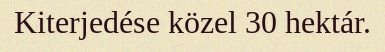
Kiterjedése közel 30 hektár.